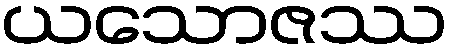
ယသောဇဿ